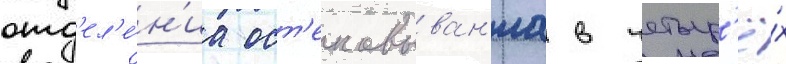
отд'ел'е́н'иа ост'екловыван'иа в четыр'ё́х